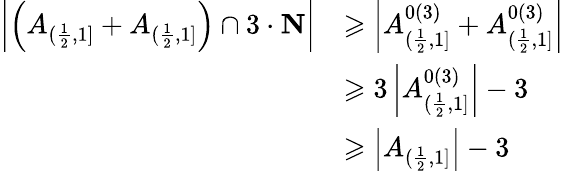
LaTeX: \begin{array}{rl}{\left|\left(A_{(\frac{1}{2},1]}+A_{(\frac{1}{2},1]}\right)\cap 3\cdot\mathbf{N}\right|}&{\geqslant\left|A_{(\frac{1}{2},1]}^{0(3)}+A_{(\frac{1}{2},1]}^{0(3)}\right|}\\ &{\geqslant 3\left|A_{(\frac{1}{2},1]}^{0(3)}\right|-3}\\ &{\geqslant\left|A_{(\frac{1}{2},1]}\right|-3}\end{array}